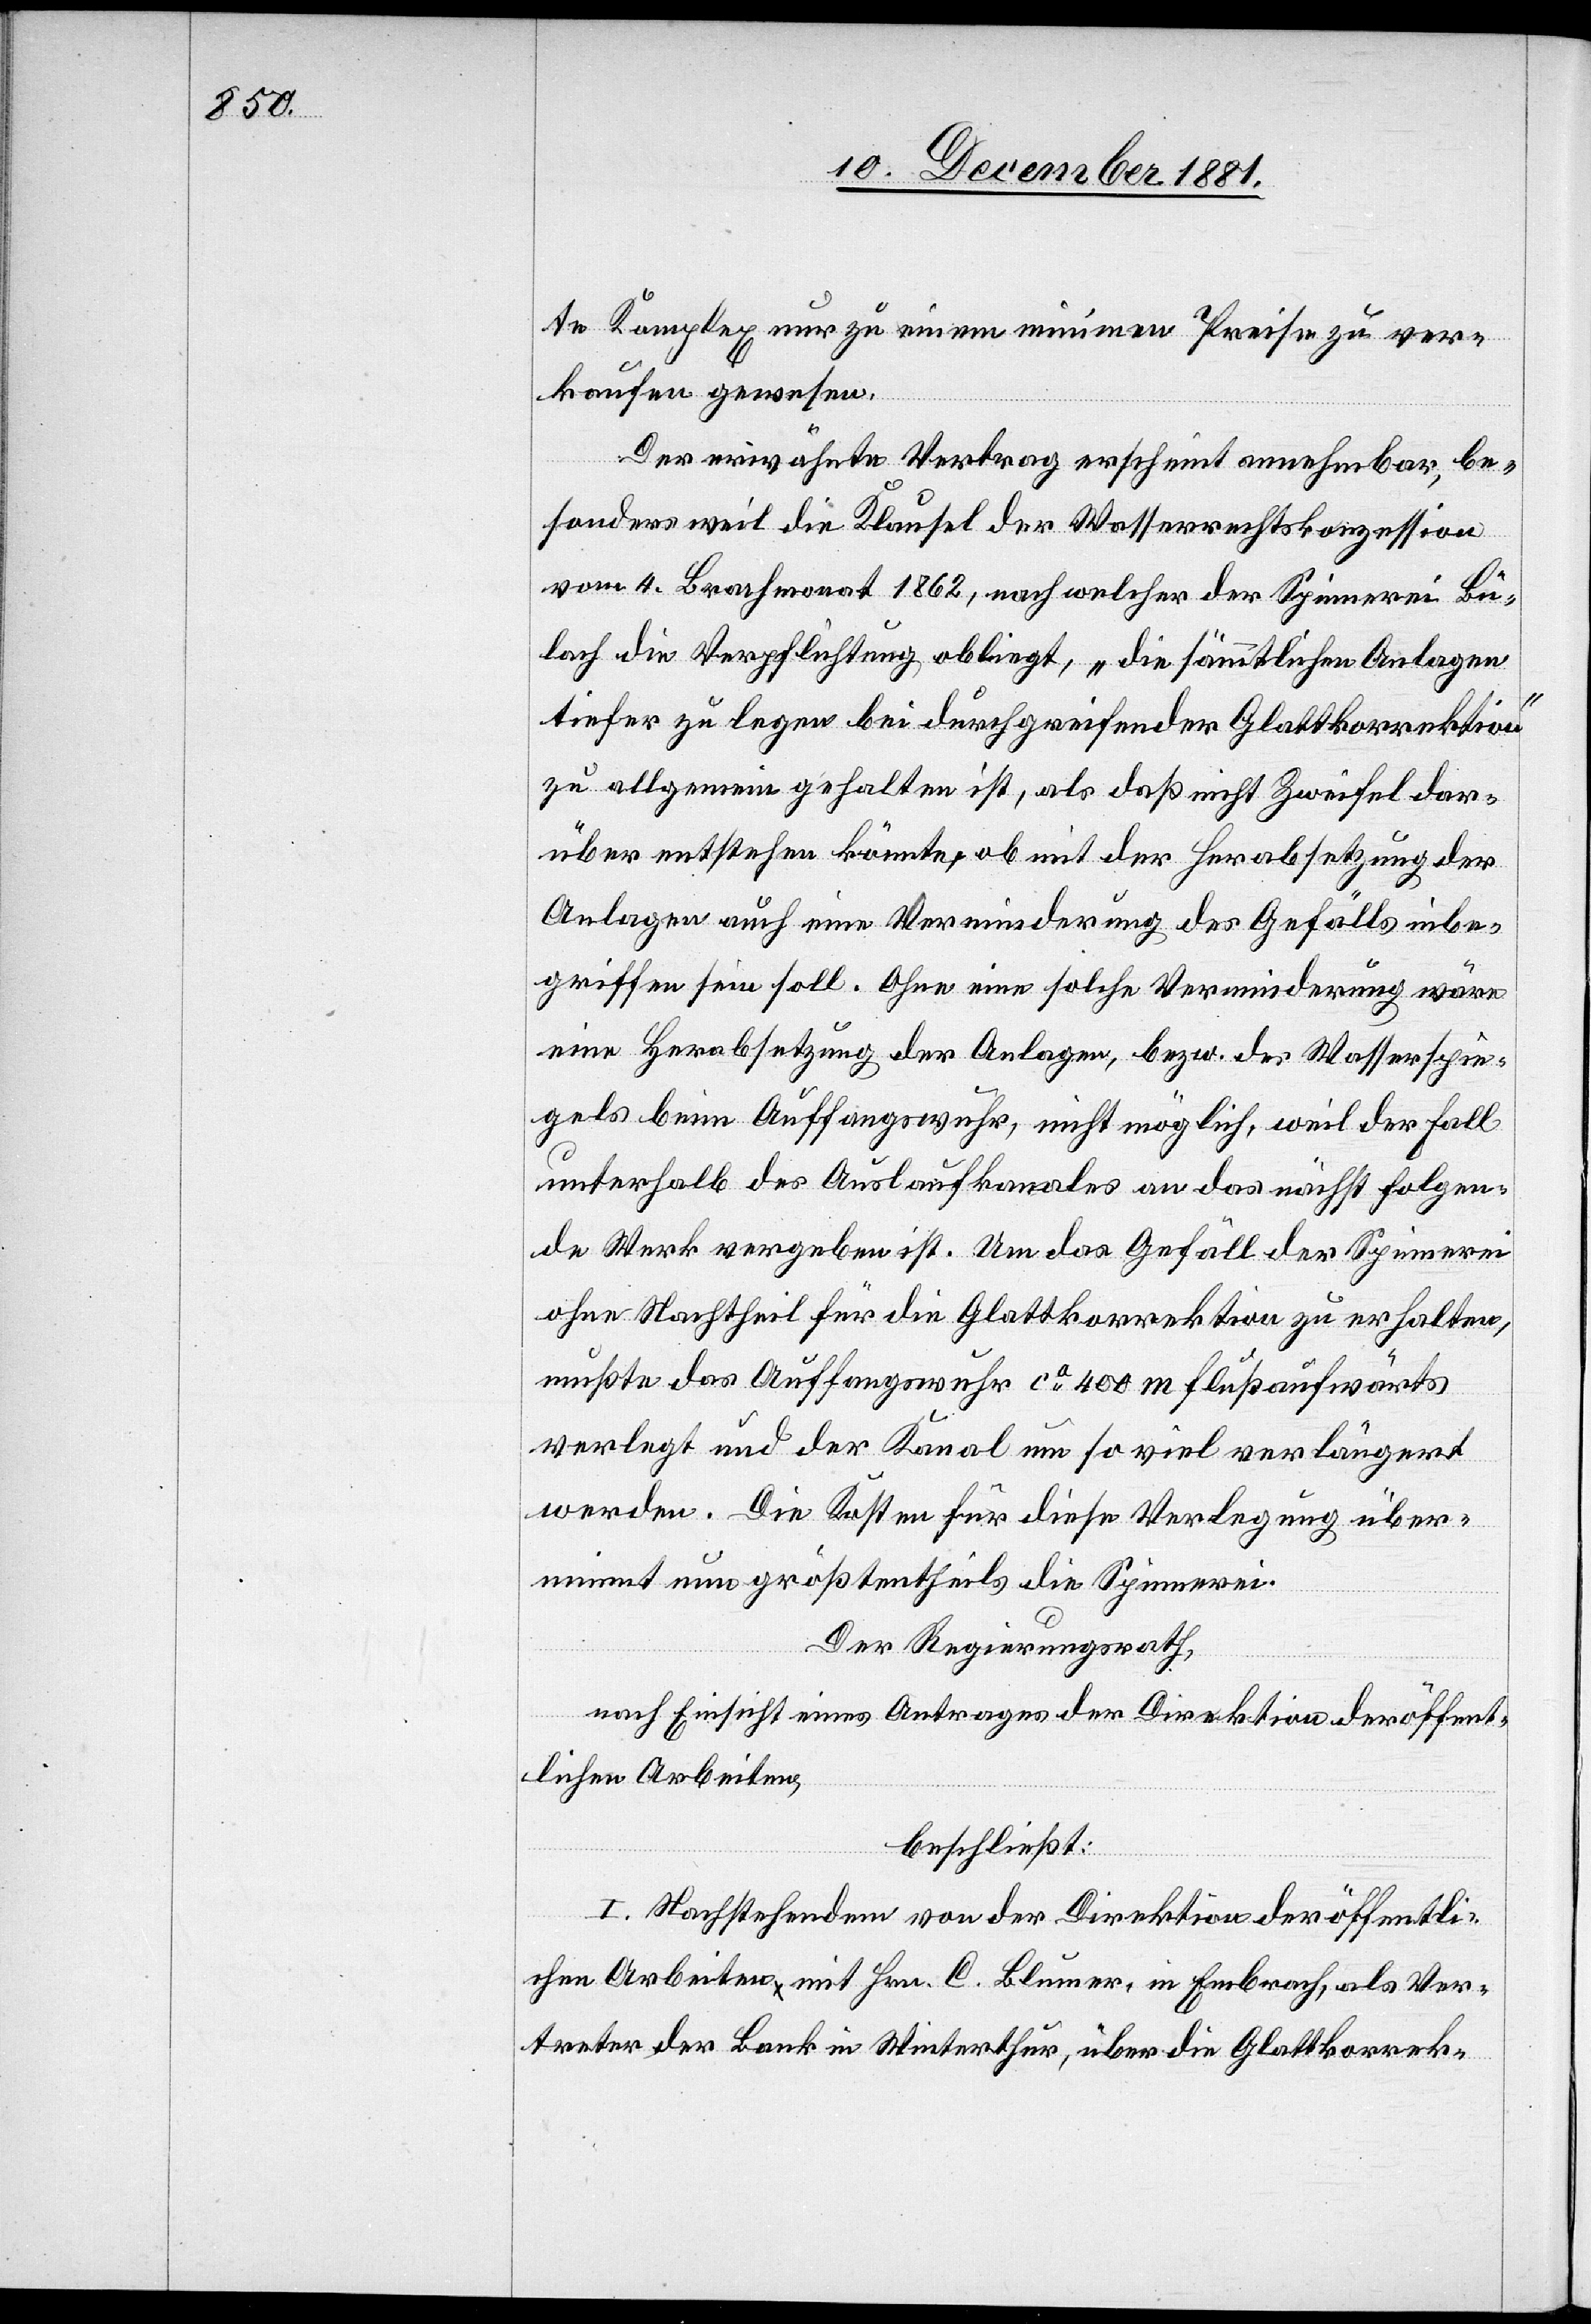
te Komplex nur zu einem minimen Preise zu ver¬
kaufen gewesen.
Der erwähnte Vertrag erscheint annehmbar, be¬
sonders weil die Klausel der Wasserrechtskonzession
vom 4. Brachmonat 1862, nach welcher der Spinnerei Bü¬
lach die Verpflichtung obliegt, „die sämmtlichen Anlagen
tiefer zu legen bei durchgreifender Glattkorrektion“
zu allgemein gehalten ist, als daß nicht Zweifel dar¬
über entstehen könnte, ob mit der Herabsetzung der
Anlagen auch eine Verminderung des Gefälls inbe¬
griffen sein soll. Ohne eine solche Verminderung wäre
eine Herabsetzung der Anlagen, bezw. des Wasserspie¬
gels beim Auffangswuhr, nicht möglich, weil der Fall
unterhalb des Auslaufkanales an das nächste folgen¬
de Werk vergeben ist. Um das Gefäll der Spinnerei
ohne Nachtheil für die Glattkorrektion zu erhalten,
müßte das Auffangswuhr ca 400 m flußaufwärts
verlegt und der Kanal um so viel verlängert
werden. Die Kosten für diese Verlegung über¬
nimmt nun größtentheils die Spinnerei.
Der Regierungsrath,
nach Einsicht eines Antrages der Direktion der öffent¬
lichen Arbeiten,
beschließt:
I. Nachstehendem von der Direktion der öffentli¬
chen Arbeiten mit Hrn. C. Blumer, in Embrach, als Ver¬
treter der Bank in Winterthur, über die Glattkorrek-